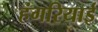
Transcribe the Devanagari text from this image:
हंगरियाई